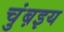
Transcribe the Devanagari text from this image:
चुंब़इय